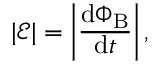
| { \mathcal { E } } | = \left| { \frac { \mathrm { d } \Phi _ { \mathrm { B } } } { \mathrm { d } t } } \right| ,